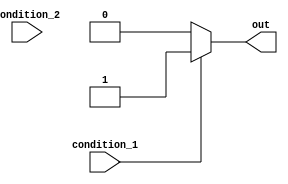
module if_else_ladder_example(
    input wire condition_1,
    input wire condition_2,
    output reg out
);

always @ (*) begin
    if(condition_1) begin
        out <= 1; // Action for condition_1 being true
    end
    else if(condition_2) begin
        out <= 2; // Action for condition_2 being true
    end
    else begin
        out <= 0; // Default action if none of the conditions are true
    end
end

endmodule